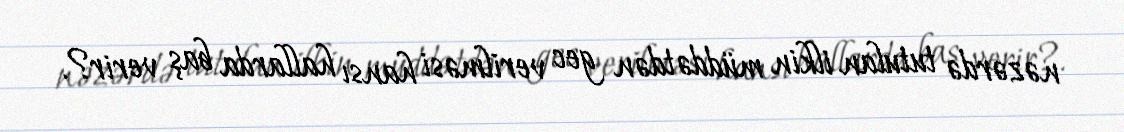
nəzərdə tutulan ilkin müddətdən gec verilməsi hansı hallarda baş verir?.